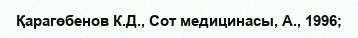
Қарагөбенов К.Д., Сот медицинасы, А., 1996;